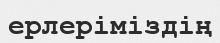
ерлеріміздің